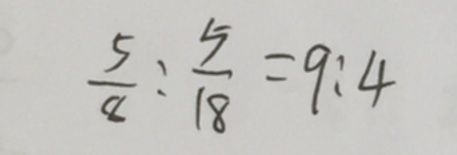
\frac { 5 } { 8 } : \frac { 5 } { 1 8 } = 9 : 4